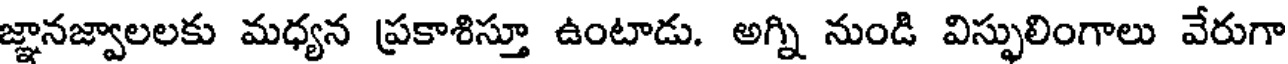
జ్ఞానజ్వాలలకు మధ్యన ప్రకాశిస్తూ ఉంటాడు. అగ్ని నుండి విస్ఫులింగాలు వేరుగా